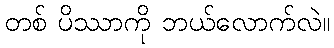
တစ် ပိဿာကို ဘယ်လောက်လဲ။